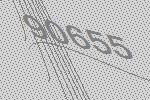
90655